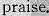
praise.